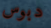
دبوس